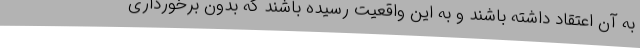
به آن اعتقاد داشته باشند و به این واقعیت رسیده باشند که بدون برخورداری